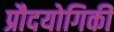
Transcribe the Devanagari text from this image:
प्रौदयोगिकी